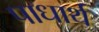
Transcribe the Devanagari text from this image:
पाधार्थ